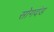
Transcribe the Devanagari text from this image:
सोगदंड